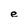
Character: e